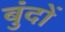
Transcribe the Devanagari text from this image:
बुंदों